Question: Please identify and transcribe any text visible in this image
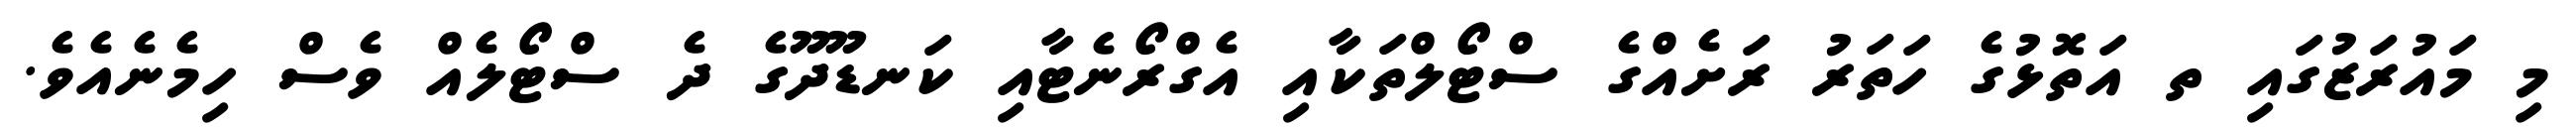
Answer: މި މައުރަޒުގައި ތ އަތޮޅުގެ ހަތަރު ރަށެއްގެ ސްޓޯލްތަކާއި އެގްރޯނެޓާއި ކަނޑޫދޫގެ ދެ ސްޓޯލެއް ވެސް ހިމެނެއެވެ.